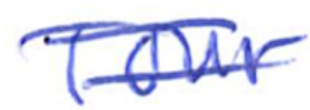
Text: Tour
Cross-out: double-line
Writing tool: ballpoint